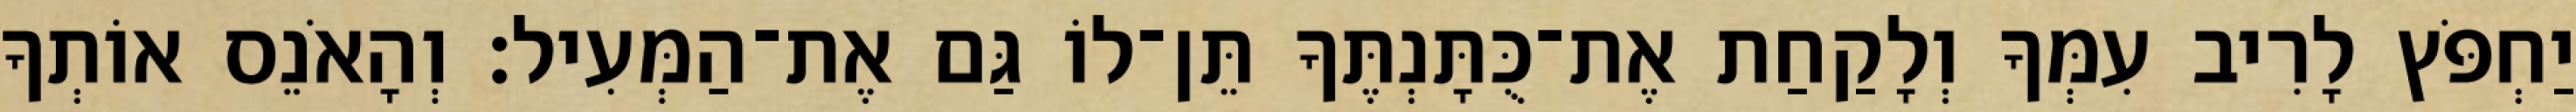
יַחְפֹּץ לָרִיב עִמְּךָ וְלָקַחַת אֶת־כֻּתָּנְתֶּךָ תֵּן־לוֹ גַּם אֶת־הַמְּעִיל׃ וְהָאֹנֵס אוֹתְךָ